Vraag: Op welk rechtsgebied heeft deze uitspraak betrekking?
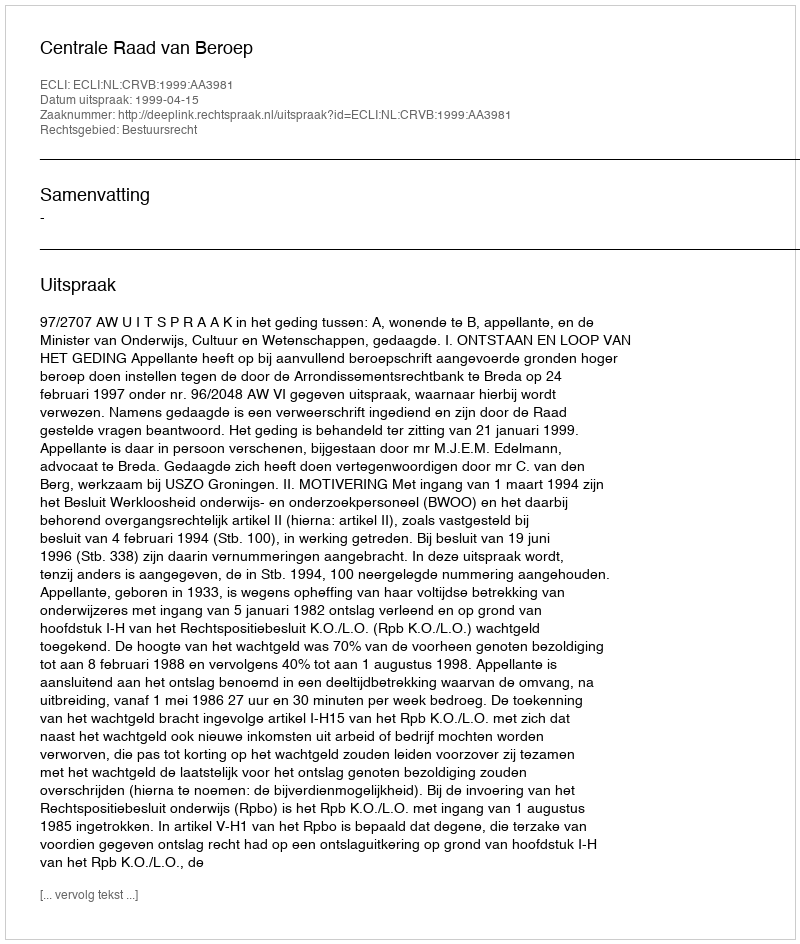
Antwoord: Bestuursrecht